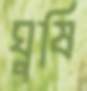
ঘুষি